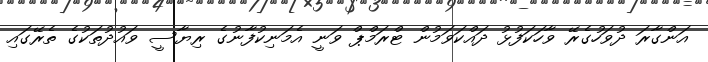
އަންގާރަ ދުވަހުގެރޭ ވާހަކަފުޅު ދައްކަވަމުން ޓްރަމްޕް ވަނީ އެމަނިކުފާނުގެ ރިޔާސީ ވައުދުތަކުގެ ތެރޭގައި